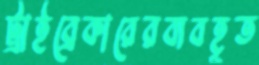
ট্রাইব্রেকারেরব্যবহূত